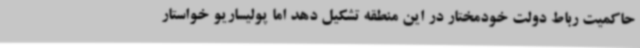
حاکمیت رباط دولت خودمختار در این منطقه تشکیل دهد اما پولیساریو خواستار